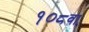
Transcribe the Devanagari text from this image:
१०८वा